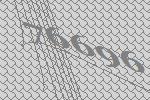
76696